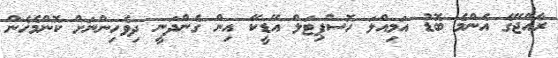
ރާއްޖޭގެ އެންމެ ބޮޑު އަމިއްލަ ހޮސްޕިޓަލް އޭޑީކޭ އިން ގެންދަނީ ދިވެހިންނަށް ކޮންމެހެން